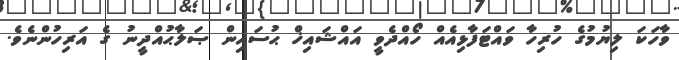
ވާހަކަ ލިޔުމުގެ ހުރިހާ ވައްޓަފާޅިއެއް ހޯއްދެވީ އައްޝައިޚް ޙުސައިން ޞަލާޙުއްދީނު ގެ އަރިހުންނެވެ.